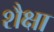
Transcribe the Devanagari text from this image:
शैक्षा